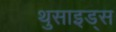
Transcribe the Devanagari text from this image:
थुसाइड्स